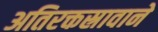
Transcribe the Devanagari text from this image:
अतिरक्तस्रावाने